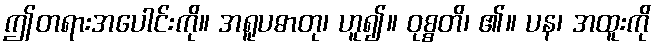
ဤတရားအပေါင်းကို။ အရူပဓာတု၊ ဟူ၍။ ဝုစ္စတိ၊ ၏။ ပန၊ အထူးကို